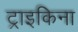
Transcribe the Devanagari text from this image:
ट्राइकिना